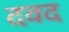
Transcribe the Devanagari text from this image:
दवद